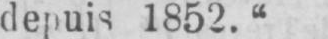
depuis 1852.“